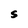
Character: S